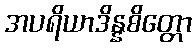
အပရိယာဒိန္နစိတ္တော